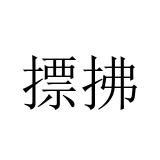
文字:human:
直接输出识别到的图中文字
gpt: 摽拂